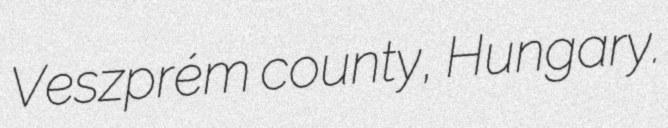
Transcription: Veszprém county, Hungary.